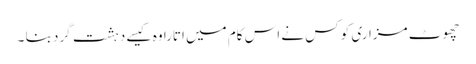
چھوٹ مزاری کو کس نے اس کام میں اتارا وہ کیسے دہشت گرد بنا ۔